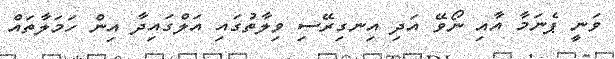
ވަނީ ޕެނަމާ އާއި ނޯވޭ އަދި އިނގިރޭސި ވިލާތުގައި އަލްގައިދާ އިން ހަމަލާތައް